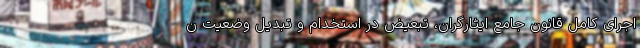
اجرای کامل قانون جامع ایثارگران، تبعیض در استخدام و تبدیل وضعیت ن